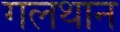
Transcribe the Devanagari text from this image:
गलथान